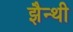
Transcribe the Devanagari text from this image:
झैन्थी